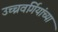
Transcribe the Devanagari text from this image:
उच्चवर्गियांच्या